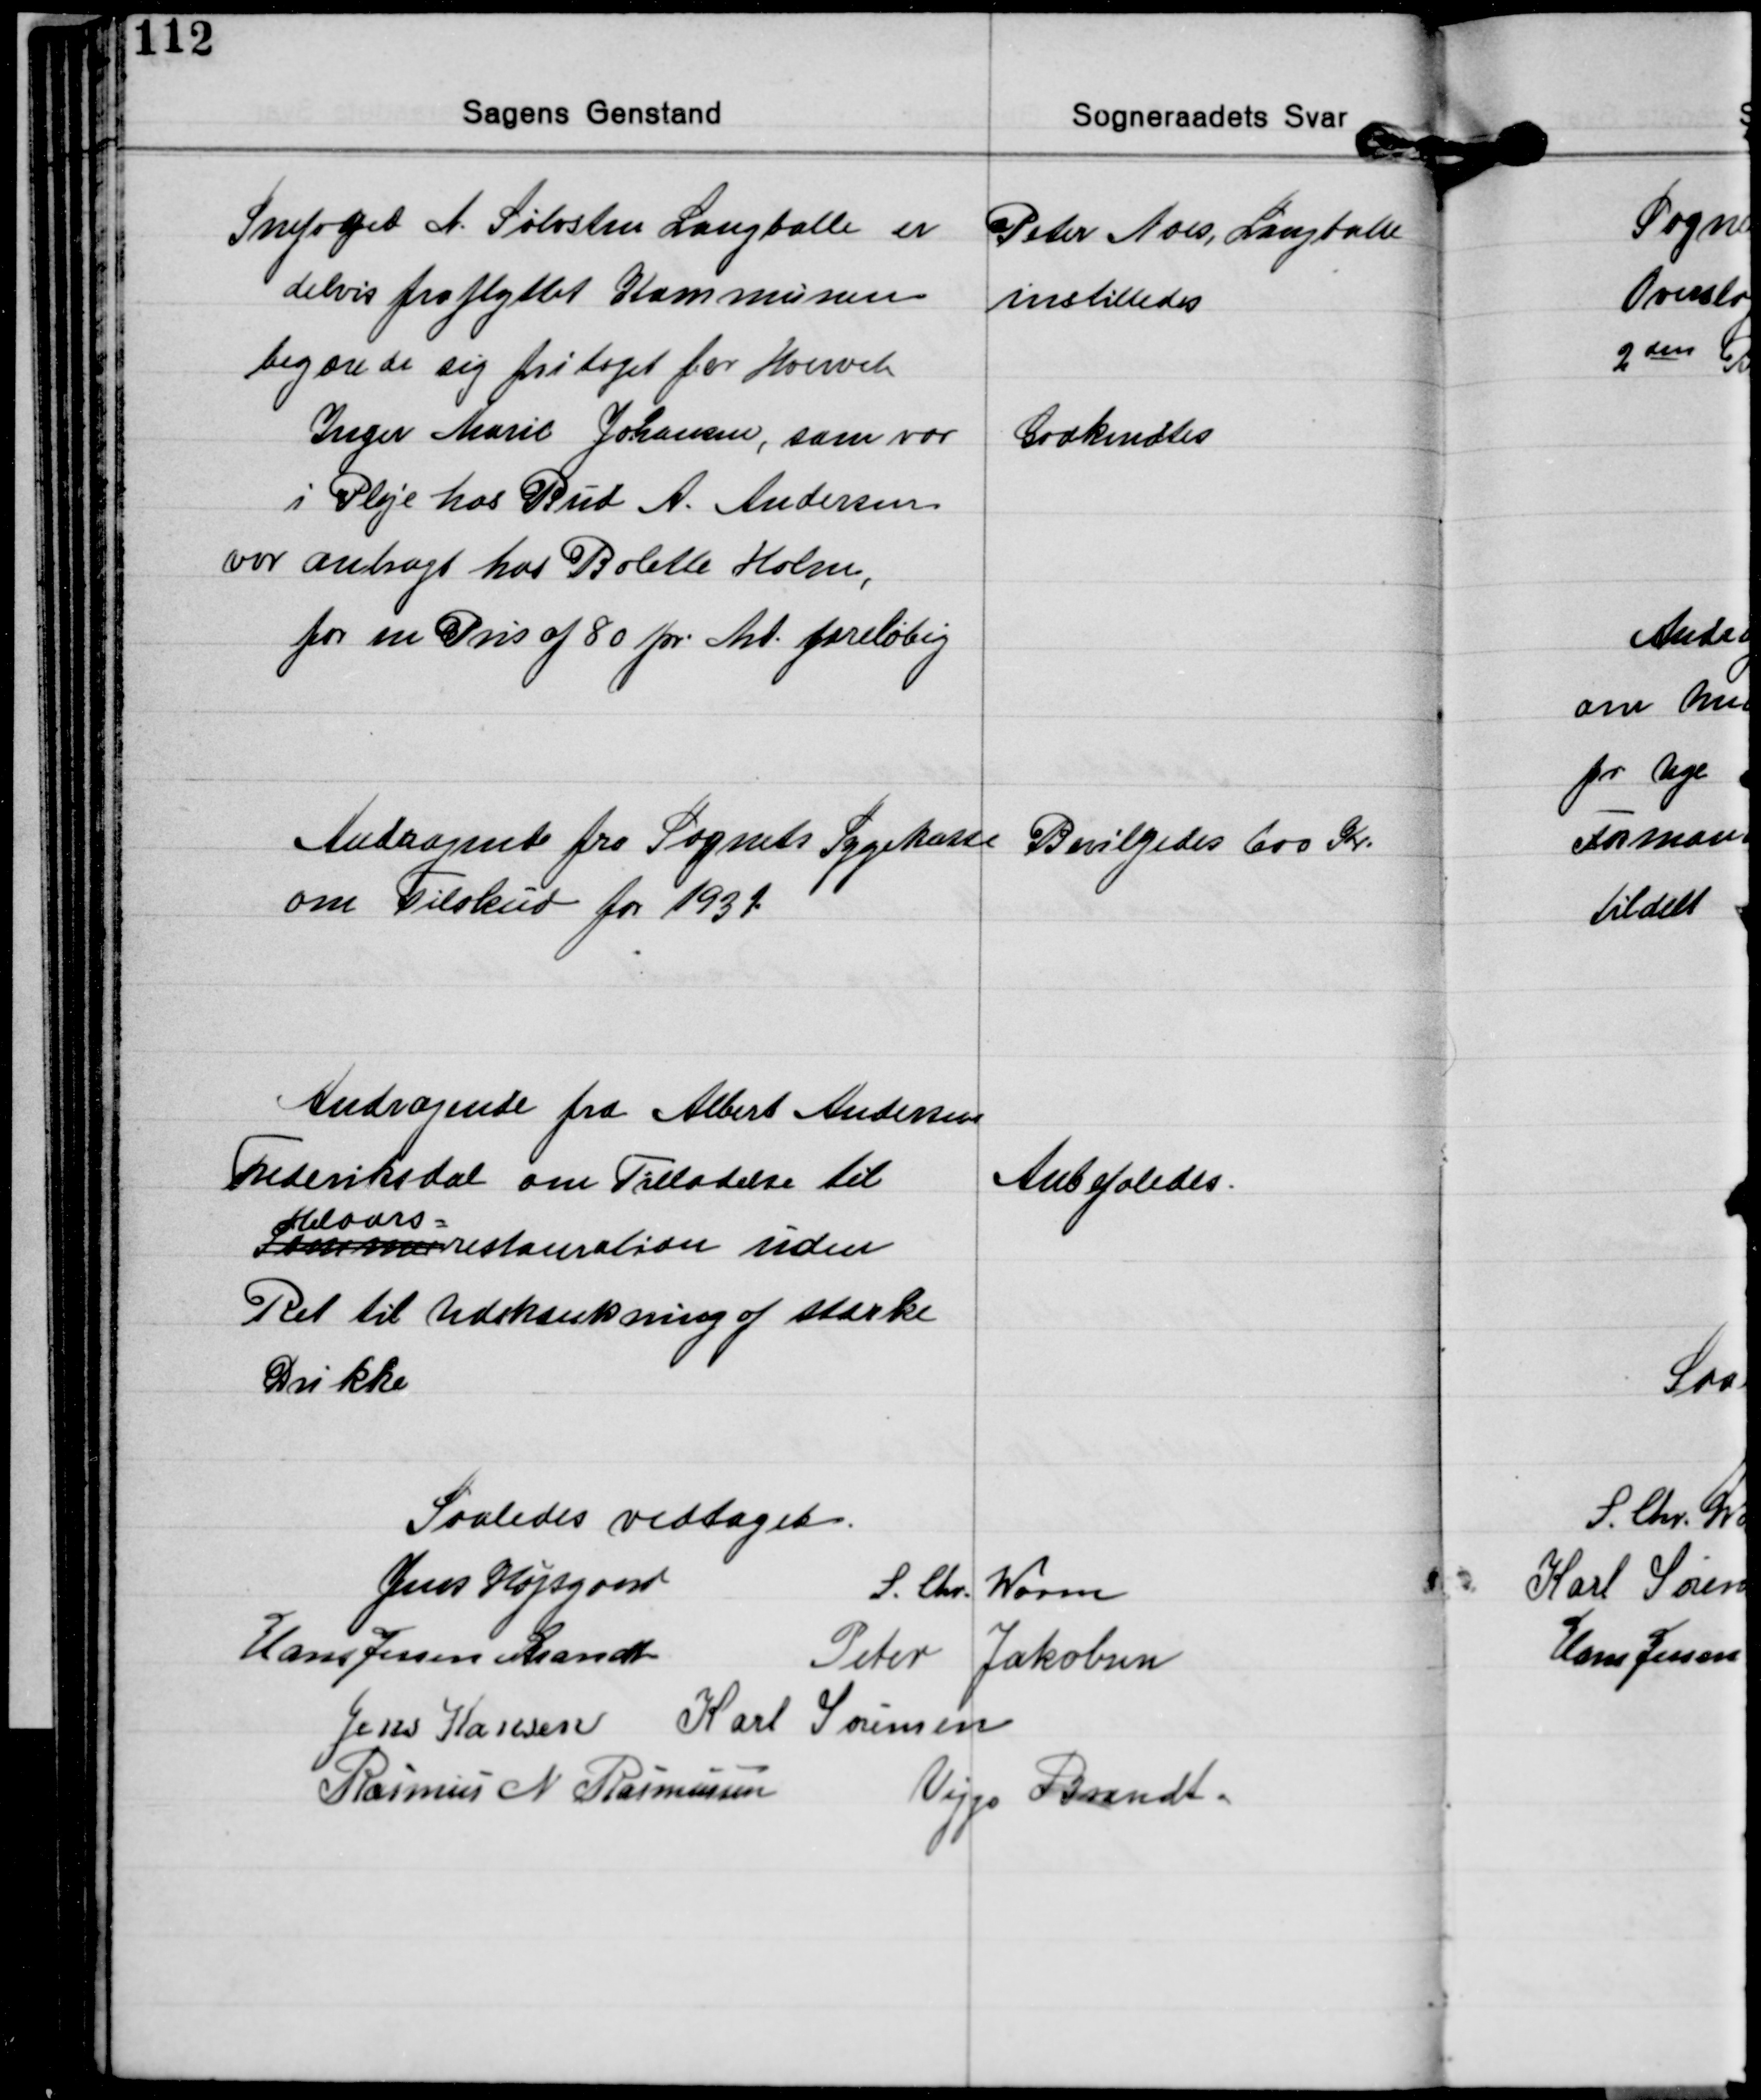
Transskription:
Snefoged A. Sølvsten Langballe er
delvis fraflyttet Kommunen
begærede sig fritaget for Hvervet
Inger Marie Johansen, som var
i Pleje hos Bud A. Andersen
var anbragt hos Bolette Holm,
for en Pris af 80 pr. Md. foreløbig

Peter Noes, Langballe
instilledes

Godkendtes

Andragende fra Sognets Sygekasse
om Tilskud for 1931

Bevilgedes 600 Kr.

Andragende fra Albert Andersen
Frederiksdal om Tilladelse til
Helaars-
Sommerrestauration uden
Ret til Udskænkning af stærke
Drikke

Anbefaledes.

Saaledes vedtaget.
Jens Højsgaard
S. Chr. Worm
Hans Jessen Brandt
Peter Jakobsen
Jens Hansen Karl Sørensen
Rasmus N. Rasmussen
Viggo Brandt